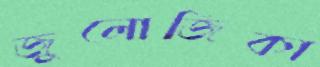
জুলোজিকা